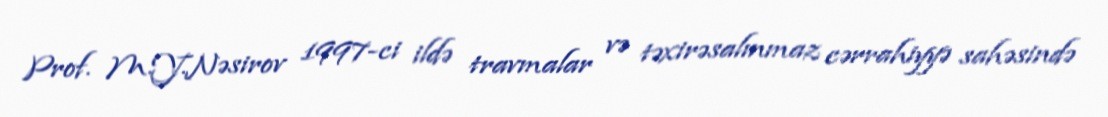
Prof. M.Y.Nəsirov 1997-ci ildə travmalar və təxirəsalınmaz cərrahiyyə sahəsində